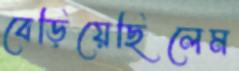
বেড়িয়েছিলেম